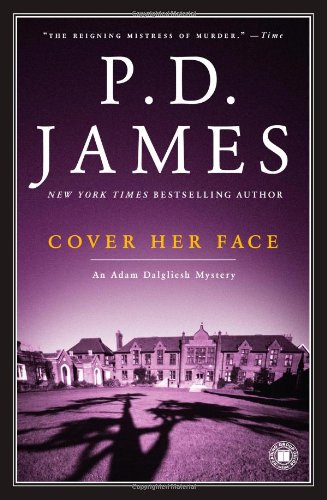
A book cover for Cover Her Face (Adam Dalgliesh Mysteries, No. 1); P.D. James; Mystery, Thriller & Suspense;